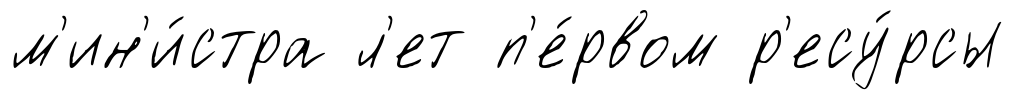
м'ин'и́стра л'ет п'е́рвом р'есу́рсы